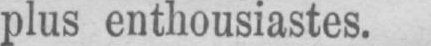
plus enthousiastes.